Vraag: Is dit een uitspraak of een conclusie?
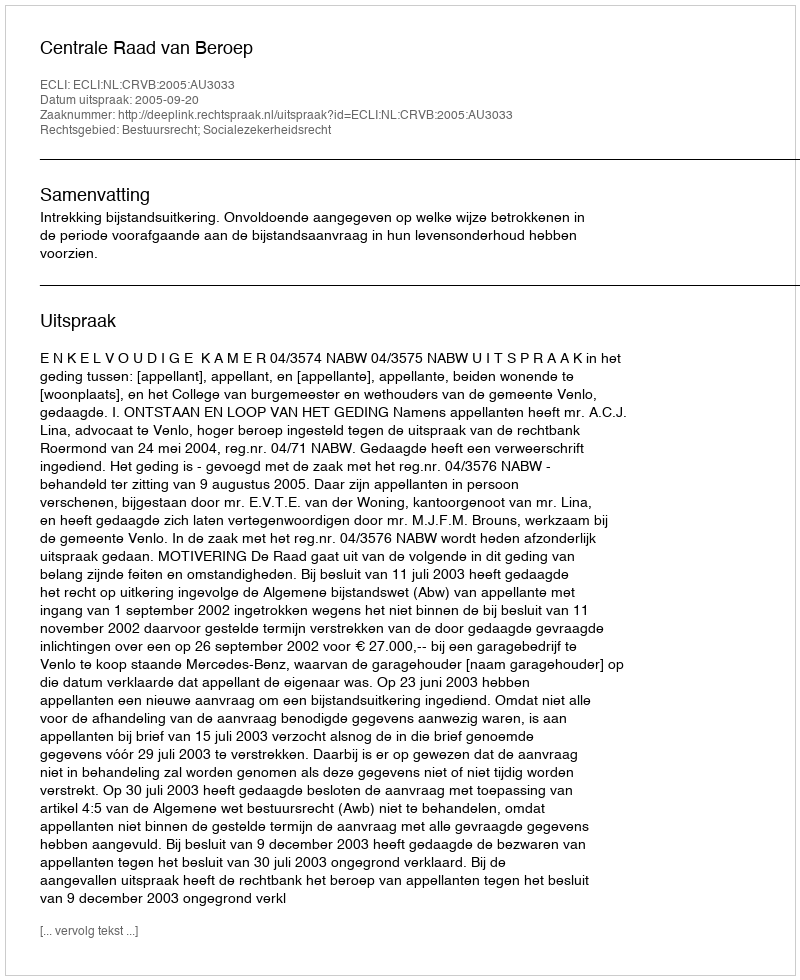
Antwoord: Uitspraak